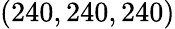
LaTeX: (240,240,240)